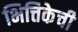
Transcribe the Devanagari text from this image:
भित्तिकेची